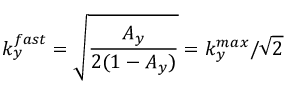
k _ { y } ^ { f a s t } = \sqrt { \frac { A _ { y } } { 2 ( 1 - A _ { y } ) } } = k _ { y } ^ { m a x } / \sqrt { 2 }